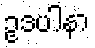
ဥဒပါနာ